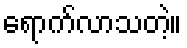
ရောက်လာသတဲ့။